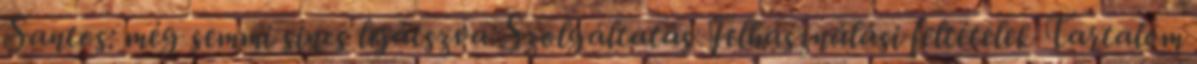
Santos: még semmi sincs lejátszva Szolgáltatás Felhasználási feltételek Tartalom